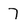
Character: 7